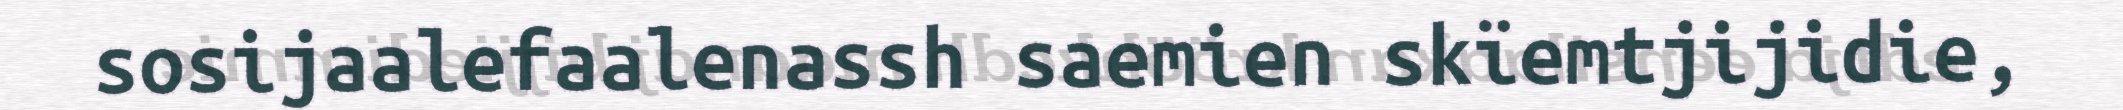
sosijaalefaalenassh saemien skïemtjijidie,